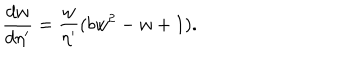
\frac { d w } { d \eta ^ { \prime } } = \frac { w } { \eta ^ { \prime } } ( b w ^ { 2 } - w + 1 ) .